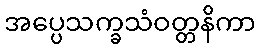
အပ္ပေသက္ခသံဝတ္တနိကာ